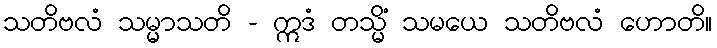
သတိဗလံ သမ္မာသတိ - ဣဒံ တသ္မိံ သမယေ သတိဗလံ ဟောတိ။